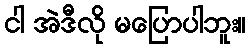
ငါ အဲဒီလို မပြောပါဘူး။